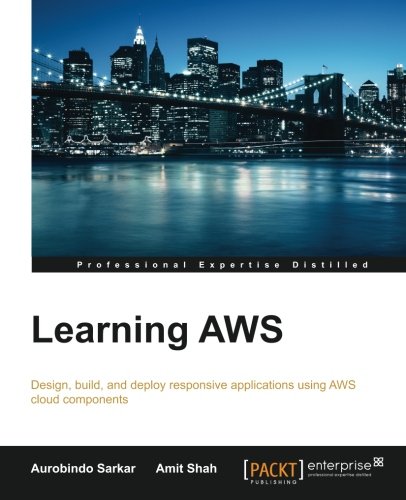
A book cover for Learning AWS; Aurobindo Sarkar; Computers & Technology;